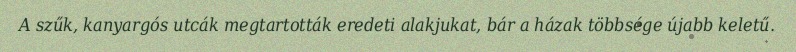
A szűk, kanyargós utcák megtartották eredeti alakjukat, bár a házak többsége újabb keletű.